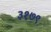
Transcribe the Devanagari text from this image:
३१७९